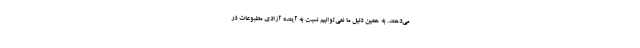
می‌دهند. به همین دلیل ما نمی‌توانیم نسبت به آینده آزادی مطبوعات در